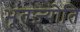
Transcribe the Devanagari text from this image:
भूतज्योति